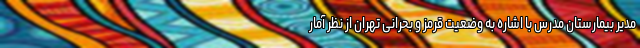
مدیر بیمارستان مدرس با اشاره به وضعیت قرمز و بحرانی تهران از نظر آمار